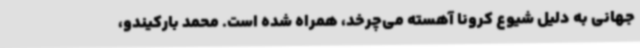
جهانی به دلیل شیوع کرونا آهسته می‌چرخد، همراه شده است. محمد بارکیندو،